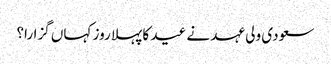
سعودی ولی عہد نے عید کا پہلا روز کہاں گزارا؟